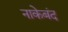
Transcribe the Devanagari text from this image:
नाकेबंद